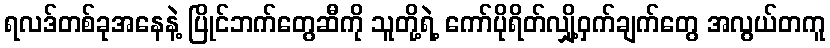
ရလဒ်တစ်ခုအနေနဲ့ ပြိုင်ဘက်တွေဆီကို သူတို့ရဲ့ ကော်ပိုရိတ်လျှို့ဝှက်ချက်တွေ အလွယ်တကူ